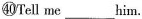
㊵Tell me ___ him.